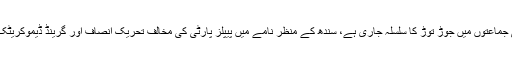
الیکشن 2018 سے پہلے سیاسی جماعتوں میں جوڑ توڑ کا سلسلہ جاری ہے، سندھ کے منظر نامے میں پیپلز پارٹی کی مخالف تحریک انصاف اور گرینڈ ڈیموکریٹک الائنس کے درمیان اتحاد ہوگیا۔